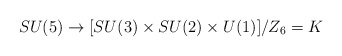
\begin{align*}SU(5) \rightarrow [ SU(3)\times SU(2)\times U(1) ]/Z_6 = K\end{align*}